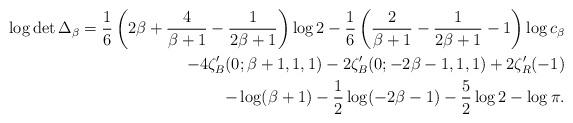
LaTeX: \begin{align*}\begin{aligned}\log\det \Delta_\beta=\frac 1 6 \left(2\beta+\frac 4{\beta+1}-\frac 1 {2\beta+1}\right)\log 2-\frac 1 6 \left(\frac 2 {\beta +1} -\frac 1 {2\beta+1 } -1\right)\log c_\beta\\-4\zeta'_B(0;\beta+1,1,1)-2\zeta'_B(0;-2\beta-1,1,1)+2\zeta_R'(-1)\\-\log(\beta+1)-\frac 1 2 \log(-2\beta-1)-\frac {5}{2}\log 2-\log\pi.\end{aligned}\end{align*}